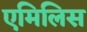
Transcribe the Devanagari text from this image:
एमिलिस